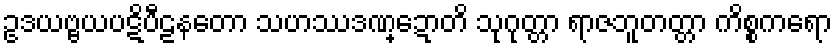
ဥဒယဗ္ဗယပဋိပီဠနတော သဟဿဒဏ္ဍောတိ သုဂုတ္တာ ရာဇဘူတတ္တာ ကိစ္စကရော